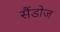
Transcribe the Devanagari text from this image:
सैंडोज